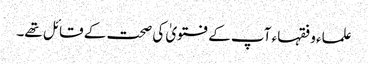
علماء و فقہاء آپ کے فتویٰ کی صحت کے قائل تھے۔